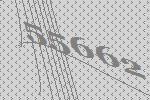
55662